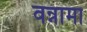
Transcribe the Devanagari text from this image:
वन्नामा